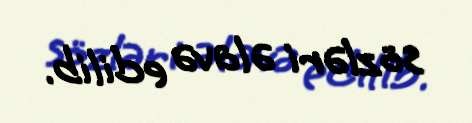
sözləri əlavə edilib.